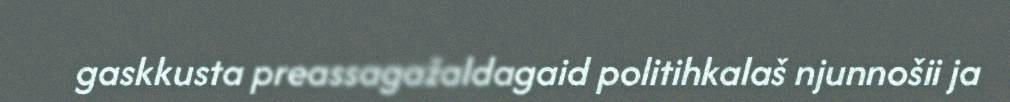
gaskkusta preassagažaldagaid politihkalaš njunnošii ja